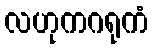
လဟုကဂရုကံ